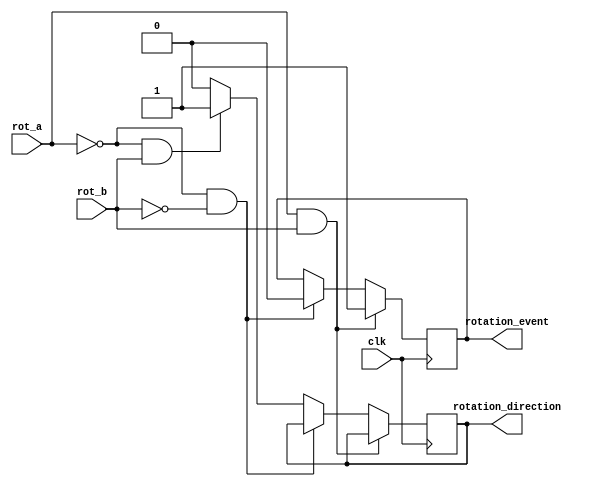
`timescale 1ns / 1ps
//////////////////////////////////////////////////////////////////////////////////
// Company: 
// Engineer: 
// 
// Design Name: 
// Module Name:    detect_event 
// Project Name: 
// Target Devices: 
// Tool versions: 
// Description: 
//
// Dependencies: 
//
// Revision: 
// Revision 0.01 - File Created
// Additional Comments: Authored by Mainak Chaudhuri
//
//////////////////////////////////////////////////////////////////////////////////
module detect_event(clk, rot_a, rot_b, rotation_event, rotation_direction
    );

	input clk, rot_a, rot_b;
	output rotation_event, rotation_direction;
	reg rotation_event, rotation_direction;
	
	always @ (posedge clk) begin
		if ((rot_a == 1) && (rot_b == 1)) begin
			rotation_event <= 1;
		end
		else if ((rot_a == 0) && (rot_b == 0)) begin
			rotation_event <= 0;
		end
		else if ((rot_a == 0) && (rot_b == 1)) begin
			rotation_direction <= 1;
		end
		else begin
			rotation_direction <= 0;
		end
	end

endmodule